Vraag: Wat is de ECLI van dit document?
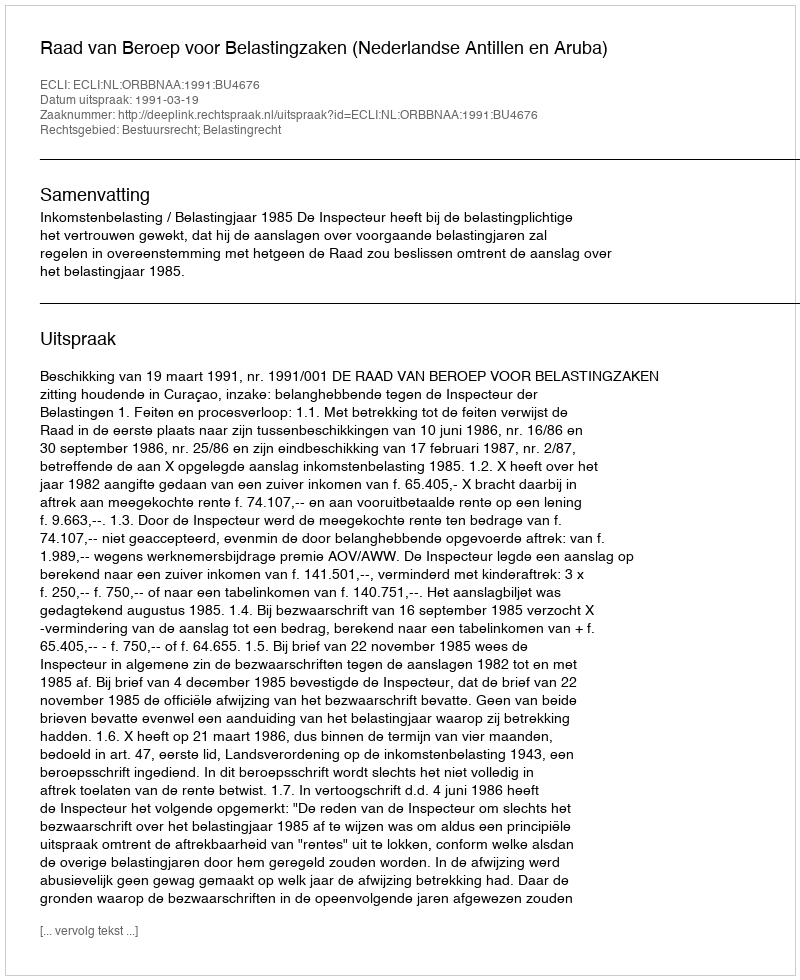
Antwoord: ECLI:NL:ORBBNAA:1991:BU4676